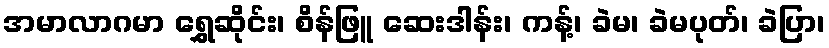
အမာလာဂမာ ရွှေဆိုင်း၊ စိန်ဖြူ ဆေးဒါန်း၊ ကန့်၊ ခဲမ၊ ခဲမပုတ်၊ ခဲပြာ၊